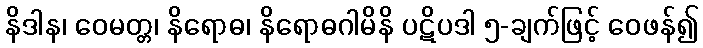
နိဒါန၊ ဝေမတ္တ၊ နိရောဓ၊ နိရောဓဂါမိနိ ပဋိပဒါ ၅-ချက်ဖြင့် ဝေဖန်၍